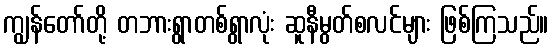
ကျွန်တော်တို့ တဘားရွာတစ်ရွာလုံး ဆူနီမွတ်စလင်များ ဖြစ်ကြသည်။